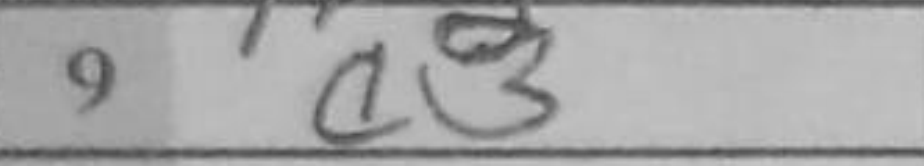
Transcription: a3